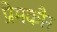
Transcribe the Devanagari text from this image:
प्रेमकौर